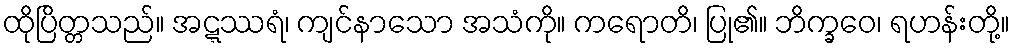
ထိုပြိတ္တသည်။ အဋ္ဋဿရံ၊ ကျင်နာသော အသံကို။ ကရောတိ၊ ပြု၏။ ဘိက္ခဝေ၊ ရဟန်းတို့။